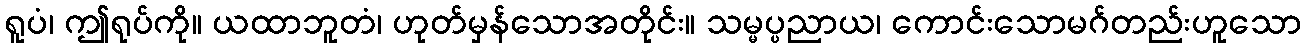
ရူပံ၊ ဤရုပ်ကို။ ယထာဘူတံ၊ ဟုတ်မှန်သောအတိုင်း။ သမ္မပ္ပညာယ၊ ကောင်းသောမဂ်တည်းဟူသော